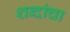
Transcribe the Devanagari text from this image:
शब्‍दांचा